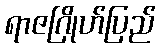
ရာဇဂြိုဟ်ပြည်